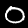
Digit: 0